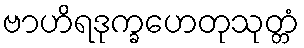
ဗာဟိရဒုက္ခဟေတုသုတ္တံ